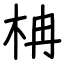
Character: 柟